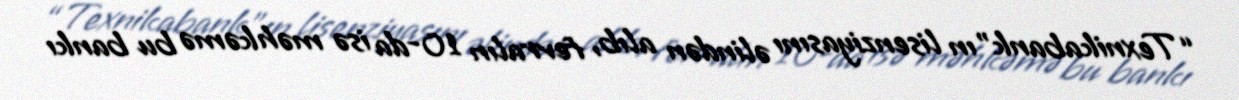
“Texnikabank”ın lisenziyasını əlindən alıb, fevralın 10-da isə məhkəmə bu bankı